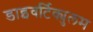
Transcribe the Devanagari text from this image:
डाइवर्टिक्युलम